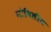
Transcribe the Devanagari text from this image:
गोभिलीय